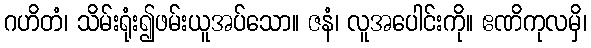
ဂဟိတံ၊ သိမ်းရုံး၍ဖမ်းယူအပ်သော။ ဇနံ၊ လူအပေါင်းကို။ ဧဏိကုလမှိ၊